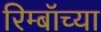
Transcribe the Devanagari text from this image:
रिम्बॉच्या